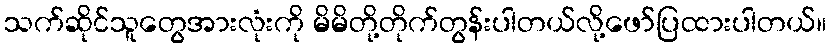
သက်ဆိုင်သူတွေအားလုံးကို မိမိတို့တိုက်တွန်းပါတယ်လို့ဖော်ပြထားပါတယ်။